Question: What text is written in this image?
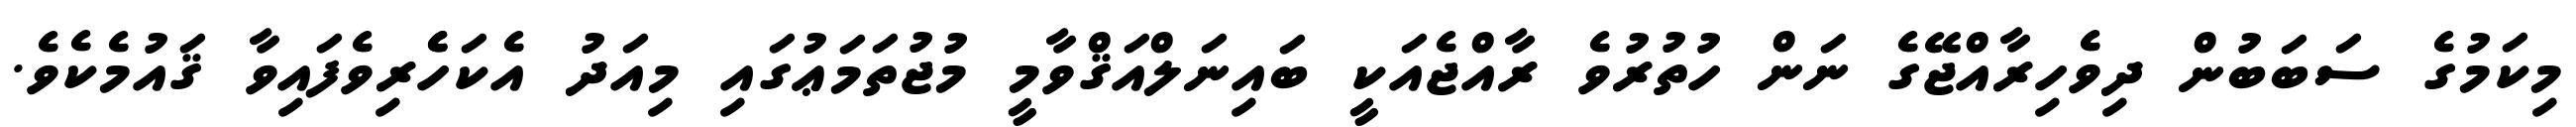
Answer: މިކަމުގެ ސަބަބުން ދިވެހިރާއްޖޭގެ ނަން ހުތުރުވެ ރާއްޖެއަކީ ބައިނަލްއަޤްވާމީ މުޖުތަމަޢުގައި މިއަދު އެކަހެެރިވެފައިވާ ޤައުމެކެވެ.